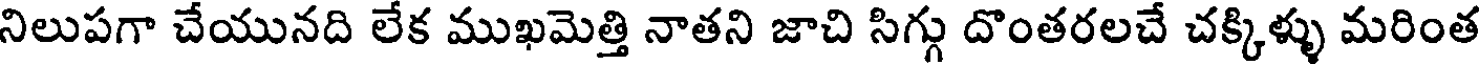
నిలుపగా చేయునది లేక ముఖమెత్తి నాతని జాచి సిగ్గు దొంతరలచే చక్కిళ్ళు మరింత